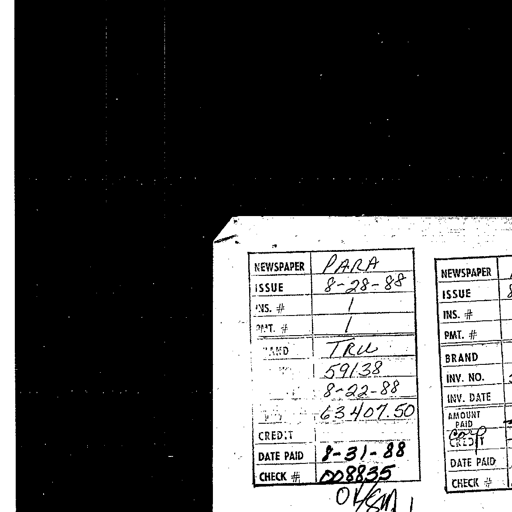
NEWSPAPER PARA
ISSUE 8-28-88
INS. # 1
PMT. # 1
BRAND TRU
INV. NO. 59138
INV. DATE 8-22-88
AMOUNT PAID 63407.50
CREDIT
DATE PAID 8-31-88
CHECK # 008835
OK/SM
NEWSPAPER
ISSUE
INS. #
PMT. #
BRAND
INV. NO.
INV. DATE
AMOUNT PAID
corp
CREDIT
DATE PAID
CHECK #